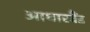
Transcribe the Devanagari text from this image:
आधारबैंड